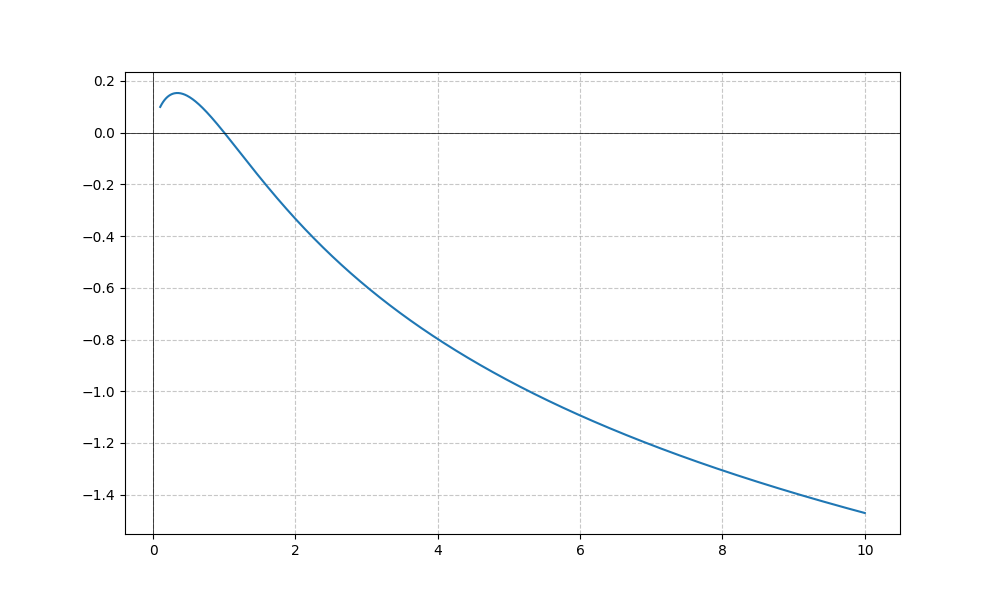
LaTeX formula: - \frac{\log{\left(x \right)} \operatorname{atan}{\left(x \right)}}{\log{\left(10 \right)}}